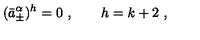
( \bar { a } _ { \pm } ^ { \alpha } ) ^ { h } = 0 \ , \qquad h = k + 2 \ ,